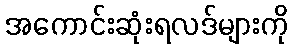
အကောင်းဆုံးရလဒ်များကို